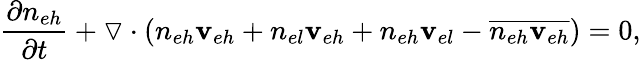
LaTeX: \frac{\partial n_{eh}}{\partial t}+\triangledown\cdot(n_{eh}\mathbf{v}_{eh}+n_{el}\mathbf{v}_{eh}+n_{eh}\mathbf{v}_{el}-\overline{{n_{eh}\mathbf{v}_{eh}}})=0,